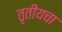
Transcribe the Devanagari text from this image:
तृतीयचा